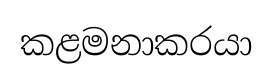
කළමනාකරයා